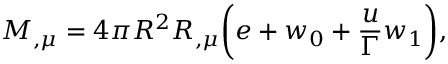
M _ { , \mu } = 4 \pi R ^ { 2 } R _ { , \mu } \biggl ( { e + w _ { 0 } + { \frac { u } { \Gamma } } w _ { 1 } } \biggr ) ,